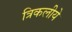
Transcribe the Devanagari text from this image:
त्रिकलीये